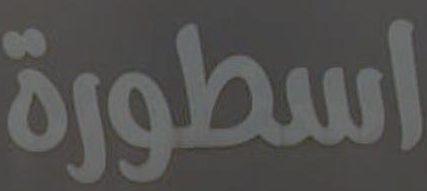
اسطورة